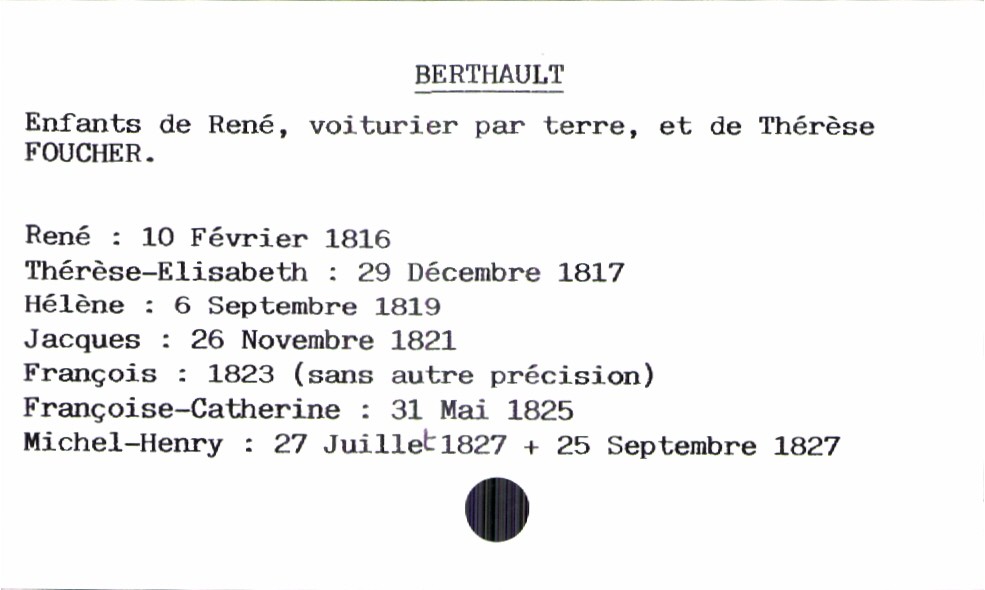
type_acte: Baptême
filiation: fils
enfant_prénom: Michel-Henry
enfant_date_de_naissance: 27 juillet 1827
enfant_date_de_décès: 25 septembre 1827
père_enfant_nom: Berthault
père_enfant_prénom: René
père_enfant_profession: voiturier par terre
mère_enfant_nom: Foucher
mère_enfant_prénom: Thérèse